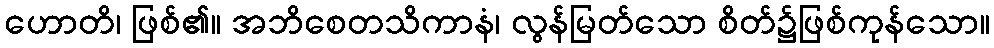
ဟောတိ၊ ဖြစ်၏။ အဘိစေတသိကာနံ၊ လွန်မြတ်သော စိတ်၌ဖြစ်ကုန်သော။